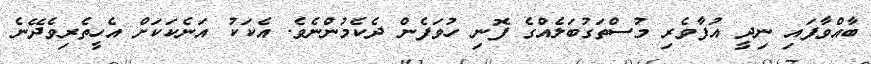
ބާއްވާފައި ނިދީ އުފާވެރި މުސްތަގުބަލެއްގެ ފޮނި ހުވަފެން ދެކެމުންނެވެ. އެކަކު އަނެކަކަށް އެހީތެރިވެދޭނެ